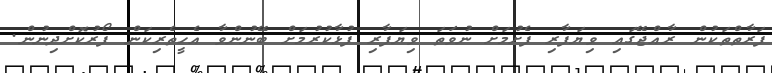
ފަރާތްތަކުން ރާއްޖޭގައި ވިޔަފާރި ފެށުމަށް ނުވަތަ ވިޔަފާރި ފުޅާކުރުމަށް ބޭނުންވާ އެހީތެރިކަން ފޯރުކޮށްދިނުން.